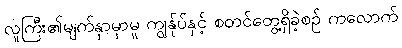
လူကြီး၏မျက်နှာမှာမူ ကျွန်ုပ်နှင့် စတင်တွေ့ရှိခဲ့စဉ် ကလောက်